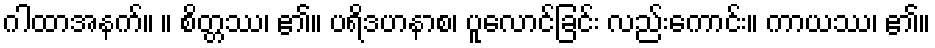
ဂါထာအနက်။ ။ စိတ္တဿ၊ ၏။ ပရိဒဟနာစ၊ ပူလောင်ခြင်း လည်းကောင်း။ ကာယဿ၊ ၏။